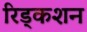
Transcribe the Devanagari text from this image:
रिड्कशन